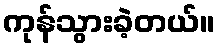
ကုန်သွားခဲ့တယ်။